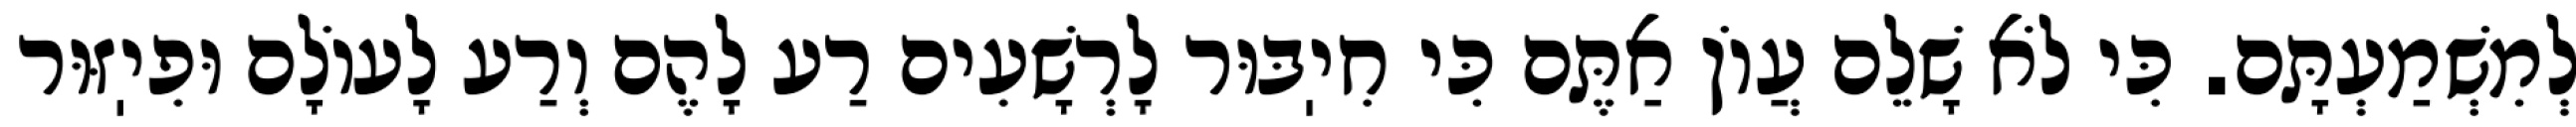
לְמִשְׁמַעְתָּם. כִּי לֹא שָׁלֵם עֲוֹן אַתֶּם כִּי חִיֽבּוּר לָרְשָׁעִים רַע לָהֶם וְרַע לָעוֹלָם וּפִיֽזּוּר